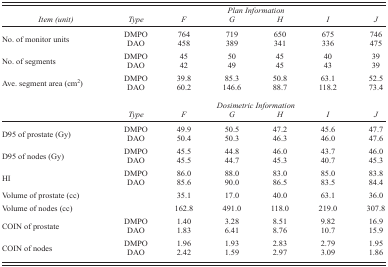
|  | <COLSPAN=6> Plan Information |
 | Item (unit) | Type | F | G | H | I | J |
 | --- | --- | --- | --- | --- | --- | --- |
 | <ROWSPAN=2> No. of monitor units | DMPO | 764 | 719 | 650 | 675 | 746 |
 | DAO | 458 | 389 | 341 | 336 | 475 |
 | <ROWSPAN=2> No. of segments | DMPO | 45 | 50 | 45 | 40 | 39 |
 | DAO | 42 | 49 | 45 | 43 | 39 |
 | <ROWSPAN=2> Ave. segment area (cm2) | DMPO | 39.8 | 85.3 | 50.8 | 63.1 | 52.5 |
 | DAO | 60.2 | 146.6 | 88.7 | 118.2 | 73.4 |
 |  | <COLSPAN=6> Dosimetric Information |
 |  | Type | F | G | H | I | J |
 | <ROWSPAN=2> D95 of prostate (Gy) | DMPO | 49.9 | 50.5 | 47.2 | 45.6 | 47.7 |
 | DAO | 50.4 | 50.3 | 46.3 | 46.0 | 47.6 |
 | <ROWSPAN=2> D95 of nodes (Gy) | DMPO | 45.5 | 44.8 | 46.0 | 43.7 | 46.0 |
 | DAO | 45.5 | 44.7 | 45.3 | 40.7 | 45.3 |
 | <ROWSPAN=2> HI | DMPO | 86.0 | 88.0 | 83.0 | 85.0 | 83.8 |
 | DAO | 85.6 | 90.0 | 86.5 | 83.5 | 84.4 |
 | Volume of prostate (cc) |  | 35.1 | 17.0 | 40.0 | 63.1 | 36.0 |
 | Volume of nodes (cc) |  | 162.8 | 491.0 | 118.0 | 219.0 | 307.8 |
 | <ROWSPAN=2> COIN of prostate | DMPO | 1.40 | 3.28 | 8.51 | 9.82 | 16.9 |
 | DAO | 1.83 | 6.41 | 8.76 | 10.7 | 15.9 |
 | <ROWSPAN=2> COIN of nodes | DMPO | 1.96 | 1.93 | 2.83 | 2.79 | 1.95 |
 | DAO | 2.42 | 1.59 | 2.97 | 3.09 | 1.86 |